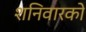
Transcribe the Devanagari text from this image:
शनिवारको